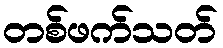
တစ်ဖက်သတ်